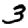
Digit: 3